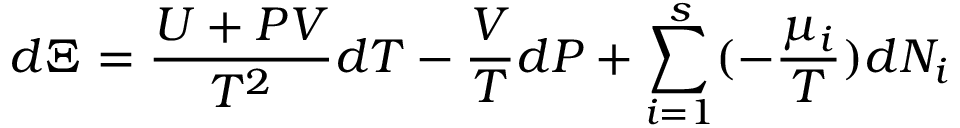
d \Xi = { \frac { U + P V } { T ^ { 2 } } } d T - { \frac { V } { T } } d P + \sum _ { i = 1 } ^ { s } ( - { \frac { \mu _ { i } } { T } } ) d N _ { i }